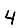
Digit: 4